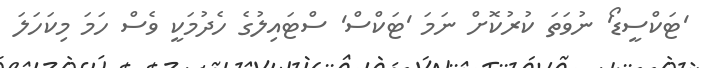
'ޓަކްސީޑޯ' ނުވަތަ ކުރުކޮށް ނަމަ 'ޓަކްސް' ސްޓައިލުގެ ހެދުމަކީ ވެސް ހަމަ މިކަހަލަ